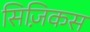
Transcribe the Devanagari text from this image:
सिज़िकस